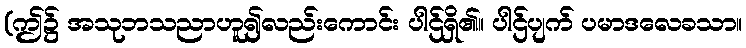
(ဤ၌ အသုဘသညာဟူ၍လည်းကောင်း ပါဌ်ရှိ၏။ ပါဌ်ပျက် ပမာဒလေခသာ။